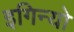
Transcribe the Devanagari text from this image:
इगिन्यो